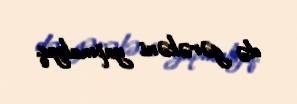
də gərəkəni yapmalıyıq.